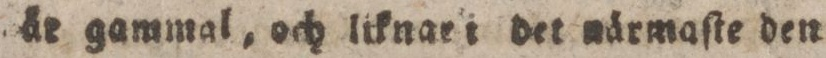
år gammal, och liknar i det närmaſte den